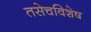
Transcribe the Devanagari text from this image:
तसेचविशेष